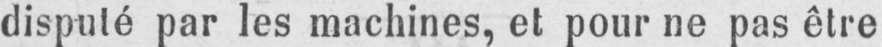
disputé par les machines, et pour ne pas être